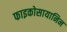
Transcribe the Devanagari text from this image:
फाइकोसायानिन